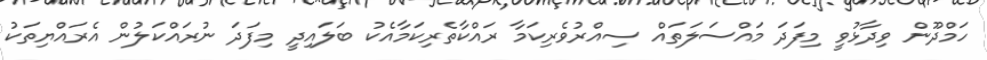
ހަމްދޫން ވިދާޅުވީ މިފަދަ މައްސަލަތައް ސިއްރުވެރިކަމާ ރައްކާތެރިކަމާއެކު ބަލައިދީ މިފަދަ ނުރައްކަލުން އެރައްޔިތަކު